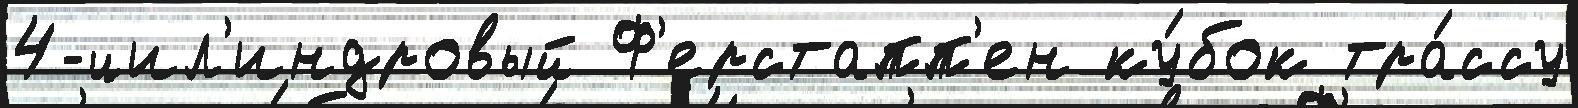
4-цил'индровый Ф'ерстапп'ен ку́бок тра́ссу